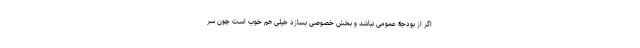
اگر از بودجۀ عمومی نباشد و بخش خصوصی بسازد خیلی هم خوب است چون سر